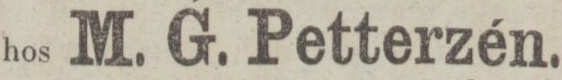
hos M. G. Petterzén.